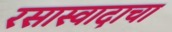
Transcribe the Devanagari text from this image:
रसास्वादाचा